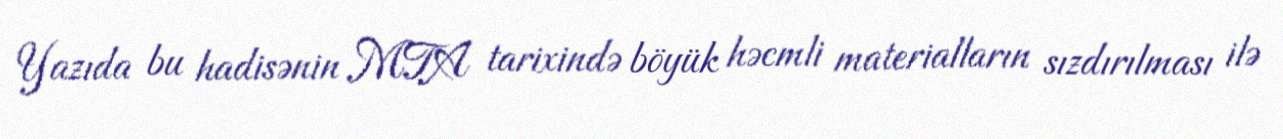
Yazıda bu hadisənin MTA tarixində böyük həcmli materialların sızdırılması ilə